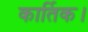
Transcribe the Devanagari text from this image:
कार्तिक।